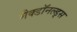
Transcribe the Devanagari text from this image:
मैक्डॉनल्ड्स